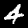
Label: 4